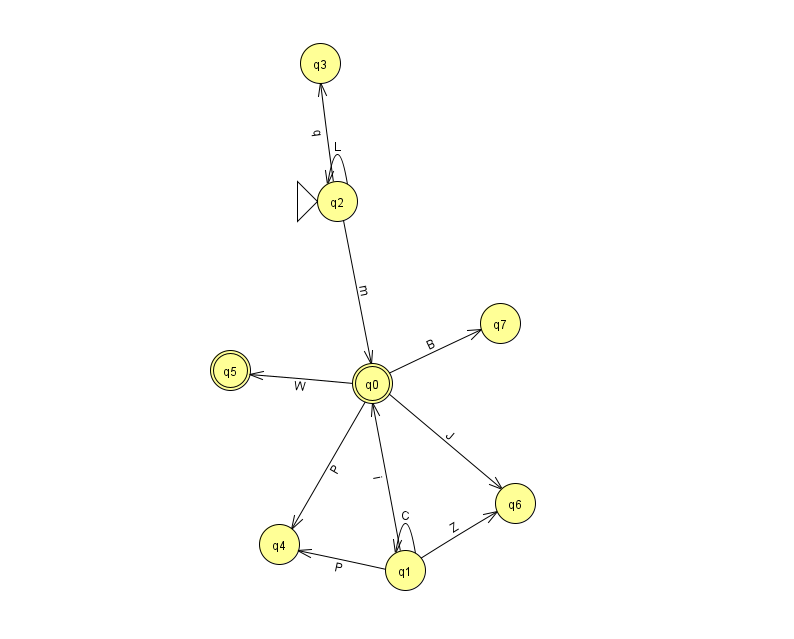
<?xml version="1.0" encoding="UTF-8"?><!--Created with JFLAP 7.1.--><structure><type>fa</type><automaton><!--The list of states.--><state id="0" name="q0"><x>372.0</x><y>370.0</y><final/></state><state id="1" name="q1"><x>405.0</x><y>557.0</y></state><state id="2" name="q2"><x>337.0</x><y>188.0</y><initial/></state><state id="3" name="q3"><x>320.0</x><y>50.0</y></state><state id="4" name="q4"><x>279.0</x><y>531.0</y></state><state id="5" name="q5"><x>230.0</x><y>357.0</y><final/></state><state id="6" name="q6"><x>515.0</x><y>490.0</y></state><state id="7" name="q7"><x>500.0</x><y>310.0</y></state><!--The list of transitions.--><transition><from>1</from><to>0</to><read>i</read></transition><transition><from>2</from><to>0</to><read>m</read></transition><transition><from>2</from><to>3</to><read>q</read></transition><transition><from>1</from><to>1</to><read>C</read></transition><transition><from>0</from><to>6</to><read>J</read></transition><transition><from>0</from><to>4</to><read>P</read></transition><transition><from>0</from><to>5</to><read>W</read></transition><transition><from>2</from><to>2</to><read>L</read></transition><transition><from>0</from><to>7</to><read>B</read></transition><transition><from>1</from><to>6</to><read>Z</read></transition><transition><from>1</from><to>4</to><read>P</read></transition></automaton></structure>